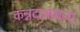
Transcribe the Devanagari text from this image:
कन्नदासनाला